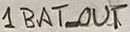
Text: 1BAT_OUT